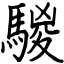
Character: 騣